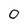
Character: O